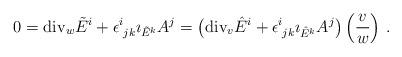
LaTeX: \begin{align*}0=\mathrm{div}_w\tilde{E}^i+\epsilon^i_{\phantom{i}jk}\imath_{\tilde{E}^k}A^j=\big(\mathrm{div}_v\hat{E}^i+\epsilon^i_{\phantom{i}jk}\imath_{\hat{E}^k}A^j\big)\left(\frac{v}{w}\right)\,.\end{align*}